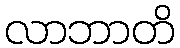
လာဘာတိ